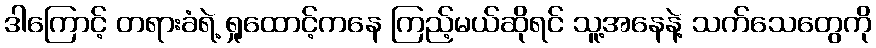
ဒါကြောင့် တရားခံရဲ့ ရှုထောင့်ကနေ ကြည့်မယ်ဆိုရင် သူ့အနေနဲ့ သက်သေတွေကို